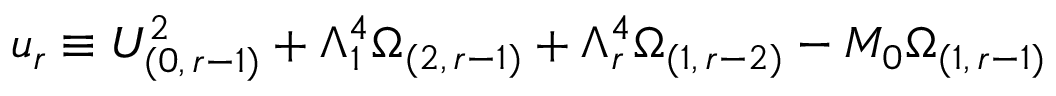
u _ { r } \equiv U _ { ( 0 , \, r - 1 ) } ^ { 2 } + \Lambda _ { 1 } ^ { 4 } \Omega _ { ( 2 , \, r - 1 ) } + \Lambda _ { r } ^ { 4 } \Omega _ { ( 1 , \, r - 2 ) } - M _ { 0 } \Omega _ { ( 1 , \, r - 1 ) }